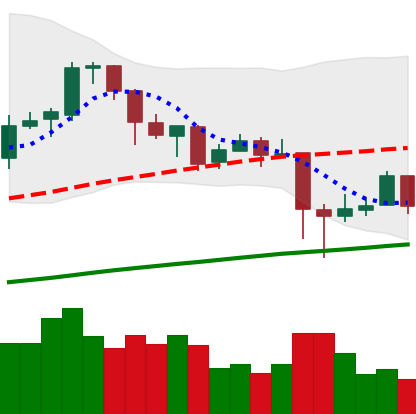
Ticker: BTC-USD
Chart end date: 2018-01-21
Forward return: -3.696%
Label: down_3_5